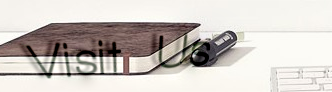
Visit Us